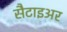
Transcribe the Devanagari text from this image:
सैटाइअर